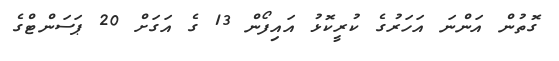
ގޮތުން އަންނަ އަހަރުގެ ކުރީކޮޅު އައިފޯން 13 ގެ އަގަށް 20 ޕަސަންޓްގެ